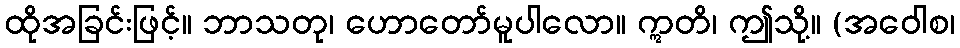
ထိုအခြင်းဖြင့်။ ဘာသတု၊ ဟောတော်မူပါလော။ ဣတိ၊ ဤသို့။ (အဝေါစ၊